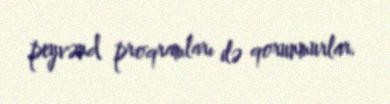
peyvənd proqramları ilə qorunmurlar.